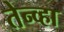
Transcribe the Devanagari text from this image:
तेन्व्हा